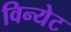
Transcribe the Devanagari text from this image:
विन्येट